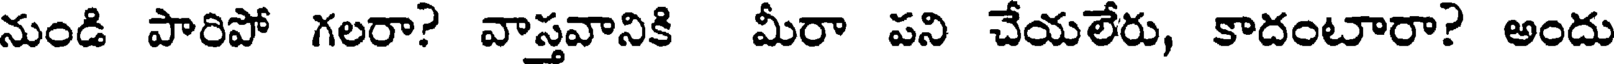
నుండి పారిపో గలరా? వాస్తవానికి మీరా పని చేయలేరు, కాదంటారా? అందు